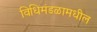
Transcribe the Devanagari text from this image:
विधिमंडळामधील